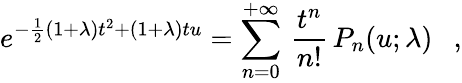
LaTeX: e^{-\frac{1}{2}(1+\lambda)t^{2}+(1+\lambda)tu}=\sum_{n=0}^{+\infty}\, \frac{t^{n}}{n!}\, P_{n}(u;\lambda)\ \ \ ,